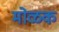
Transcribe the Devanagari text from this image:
मोळक